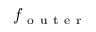
f _ { \mathrm { ~ o ~ u ~ t ~ e ~ r ~ } }